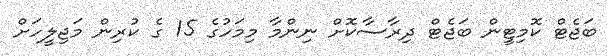
ބަޖެޓް ކޮމިޓީން ބަޖެޓް ދިރާސާކޮށް ނިންމާ މިމަހުގެ 15 ގެ ކުރިން މަޖިލީހަށް